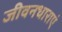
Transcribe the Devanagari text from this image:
जीवनधाराएं